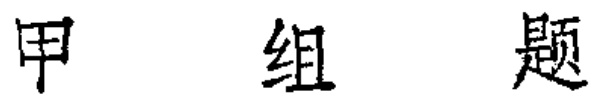
甲组题